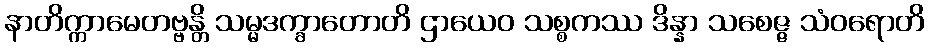
နာတိက္ကာမေတဗ္ဗန္တိ သမ္မဒက္ခာတောတိ ဌာယေဝ သစ္စကဿ ဒိန္နာ သစေဇ္ဇ သံဝရောတိ